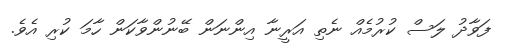
ފަވާދު ލަސް ކުރުމެއް ނެތި އަރީނާ އިންނަން ބޭނުންވާކަން ހާމަ ކުރި އެވެ.